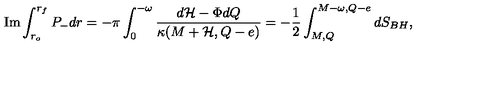
\mathrm { I m } \int _ { r _ { o } } ^ { r _ { f } } P _ { - } d r = - \pi \int _ { 0 } ^ { - \omega } { \frac { d { \cal H } - \Phi d Q } { \kappa ( M + { \cal H } , Q - e ) } } = - \frac { 1 } { 2 } \int _ { M , Q } ^ { M - \omega , Q - e } d S _ { B H } ,